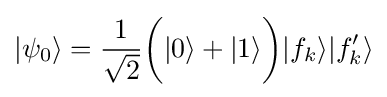
|\psi _{0}\rangle ={\frac {1}{\sqrt {2}}}{\bigg (}|0\rangle +|1\rangle {\bigg )}|f_{k}\rangle |f_{k}'\rangle